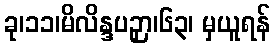
ခု၊၁၁၊မိလိန္ဒပဉှာ၊၆၃၊ မှယူရန်